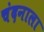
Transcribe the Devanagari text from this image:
चंदनाला